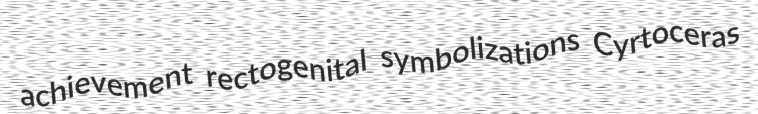
achievement rectogenital symbolizations Cyrtoceras